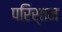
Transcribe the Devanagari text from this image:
परिर्तन